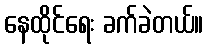
နေထိုင်ရေး ခက်ခဲတယ်။